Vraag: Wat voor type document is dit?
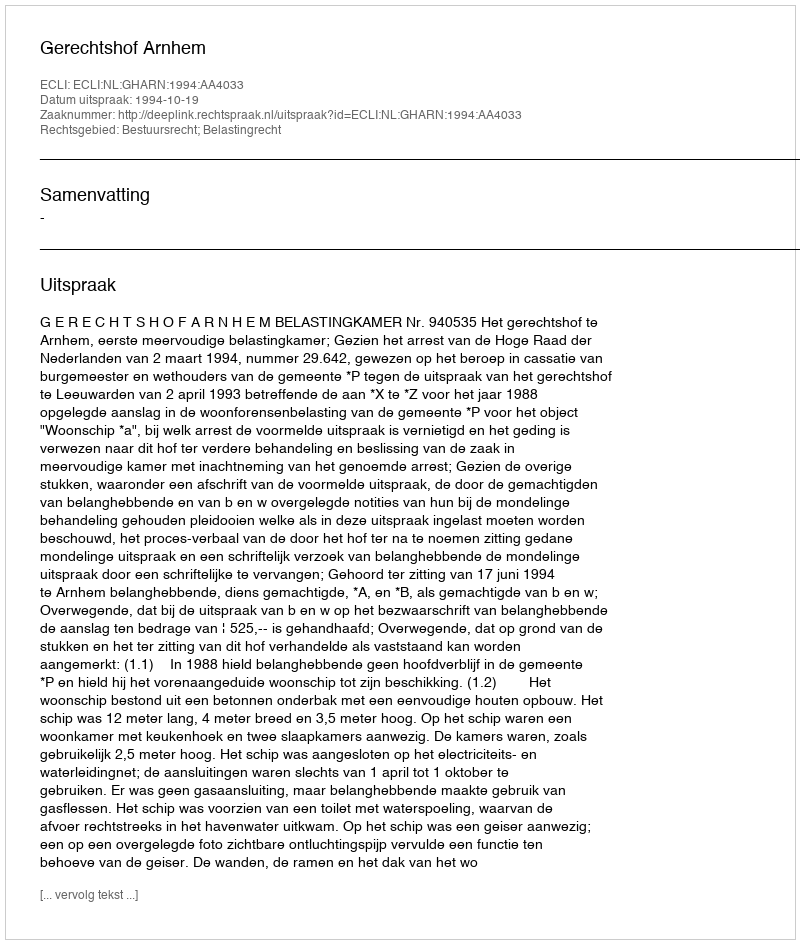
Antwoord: Uitspraak